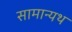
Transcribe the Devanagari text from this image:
सामान्यथ